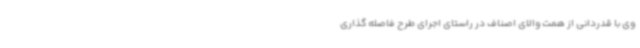
وی با قدردانی از همت والای اصناف در راستای اجرای طرح فاصله گذاری